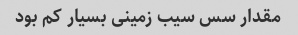
مقدار سس سیب زمینی بسیار کم بود